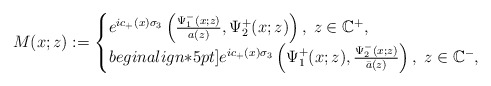
\begin{align*} M(x ;z):=\begin{cases} e^{ic_+(x)\sigma_3}\left(\frac{\Psi_1^-(x ; z)}{a(z)},\Psi^+_2(x ;z)\right), \; z\in \mathbb{C}^+,\\begin{align*}5pt] e^{ic_+(x)\sigma_3}\left(\Psi_1^+(x ; z), \frac{\Psi^-_2(x;z)}{\bar{a}(z)}\right), \; z\in \mathbb{C}^-, \end{cases} \end{align*}